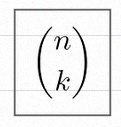
\binom{n}{k}